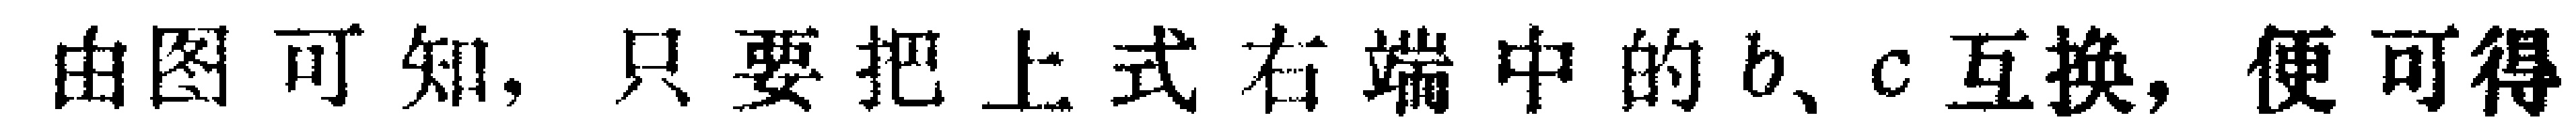
由图可知，只要把上式右端中的\(b、c\)互换，便可得